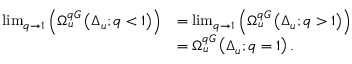
\begin{array} { r l } { \operatorname* { l i m } _ { q \to 1 } \left( \Omega _ { u } ^ { q G } \left( \Delta _ { u } ; q < 1 \right) \right) } & { = \operatorname* { l i m } _ { q \to 1 } \left( \Omega _ { u } ^ { q G } \left( \Delta _ { u } ; q > 1 \right) \right) } \\ & { = \Omega _ { u } ^ { q G } \left( \Delta _ { u } ; q = 1 \right) . } \end{array}